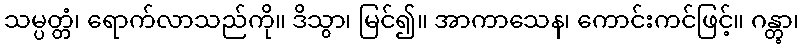
သမ္ပတ္တံ၊ ရောက်လာသည်ကို။ ဒိသွာ၊ မြင်၍။ အာကာသေန၊ ကောင်းကင်ဖြင့်။ ဂန္တွာ၊